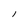
Character: I